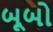
બૂબો